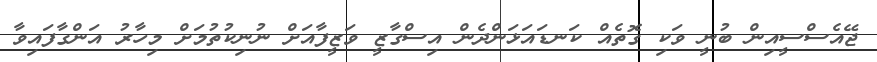
ޖޭއެސްސީއިން ބުނީ ވަކި ގޮތެއް ކަނޑައަޅަންދެން އިސްގާޒީ ވަޒީފާއަށް ނުނިކުތުމަށް މިހާރު އަންގާފައިވާ